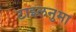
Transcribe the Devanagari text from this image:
टाइलनुमा